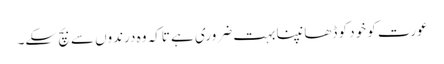
عورت کو خود کو ڈھانپنا بہت ضروری ہے تاکہ وہ درندوں سے بچ سکے۔